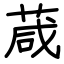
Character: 葴